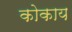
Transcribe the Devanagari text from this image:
कोकाय